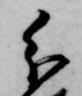
分